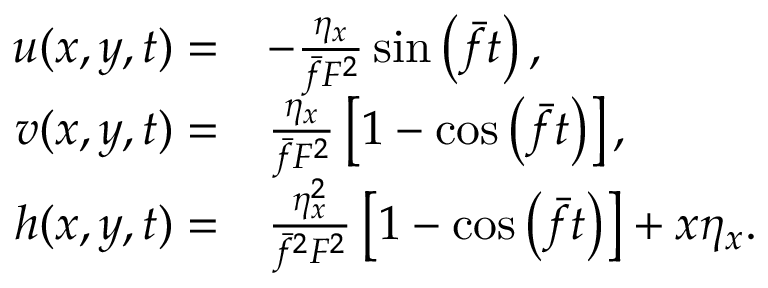
\begin{array} { r l } { u ( x , y , t ) = } & { - \frac { \eta _ { x } } { \bar { f } F ^ { 2 } } \sin \left( \bar { f } t \right) , } \\ { v ( x , y , t ) = } & { \frac { \eta _ { x } } { \bar { f } F ^ { 2 } } \left[ 1 - \cos \left( \bar { f } t \right) \right] , } \\ { h ( x , y , t ) = } & { \frac { \eta _ { x } ^ { 2 } } { \bar { f } ^ { 2 } F ^ { 2 } } \left[ 1 - \cos \left( \bar { f } t \right) \right] + x \eta _ { x } . } \end{array}